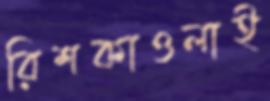
রিশকাওলাই